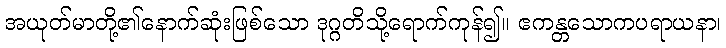
အယုတ်မာတို့၏နောက်ဆုံးဖြစ်သော ဒုဂ္ဂတိသို့ရောက်ကုန်၍။ ဧကန္တသောကပရာယနာ၊